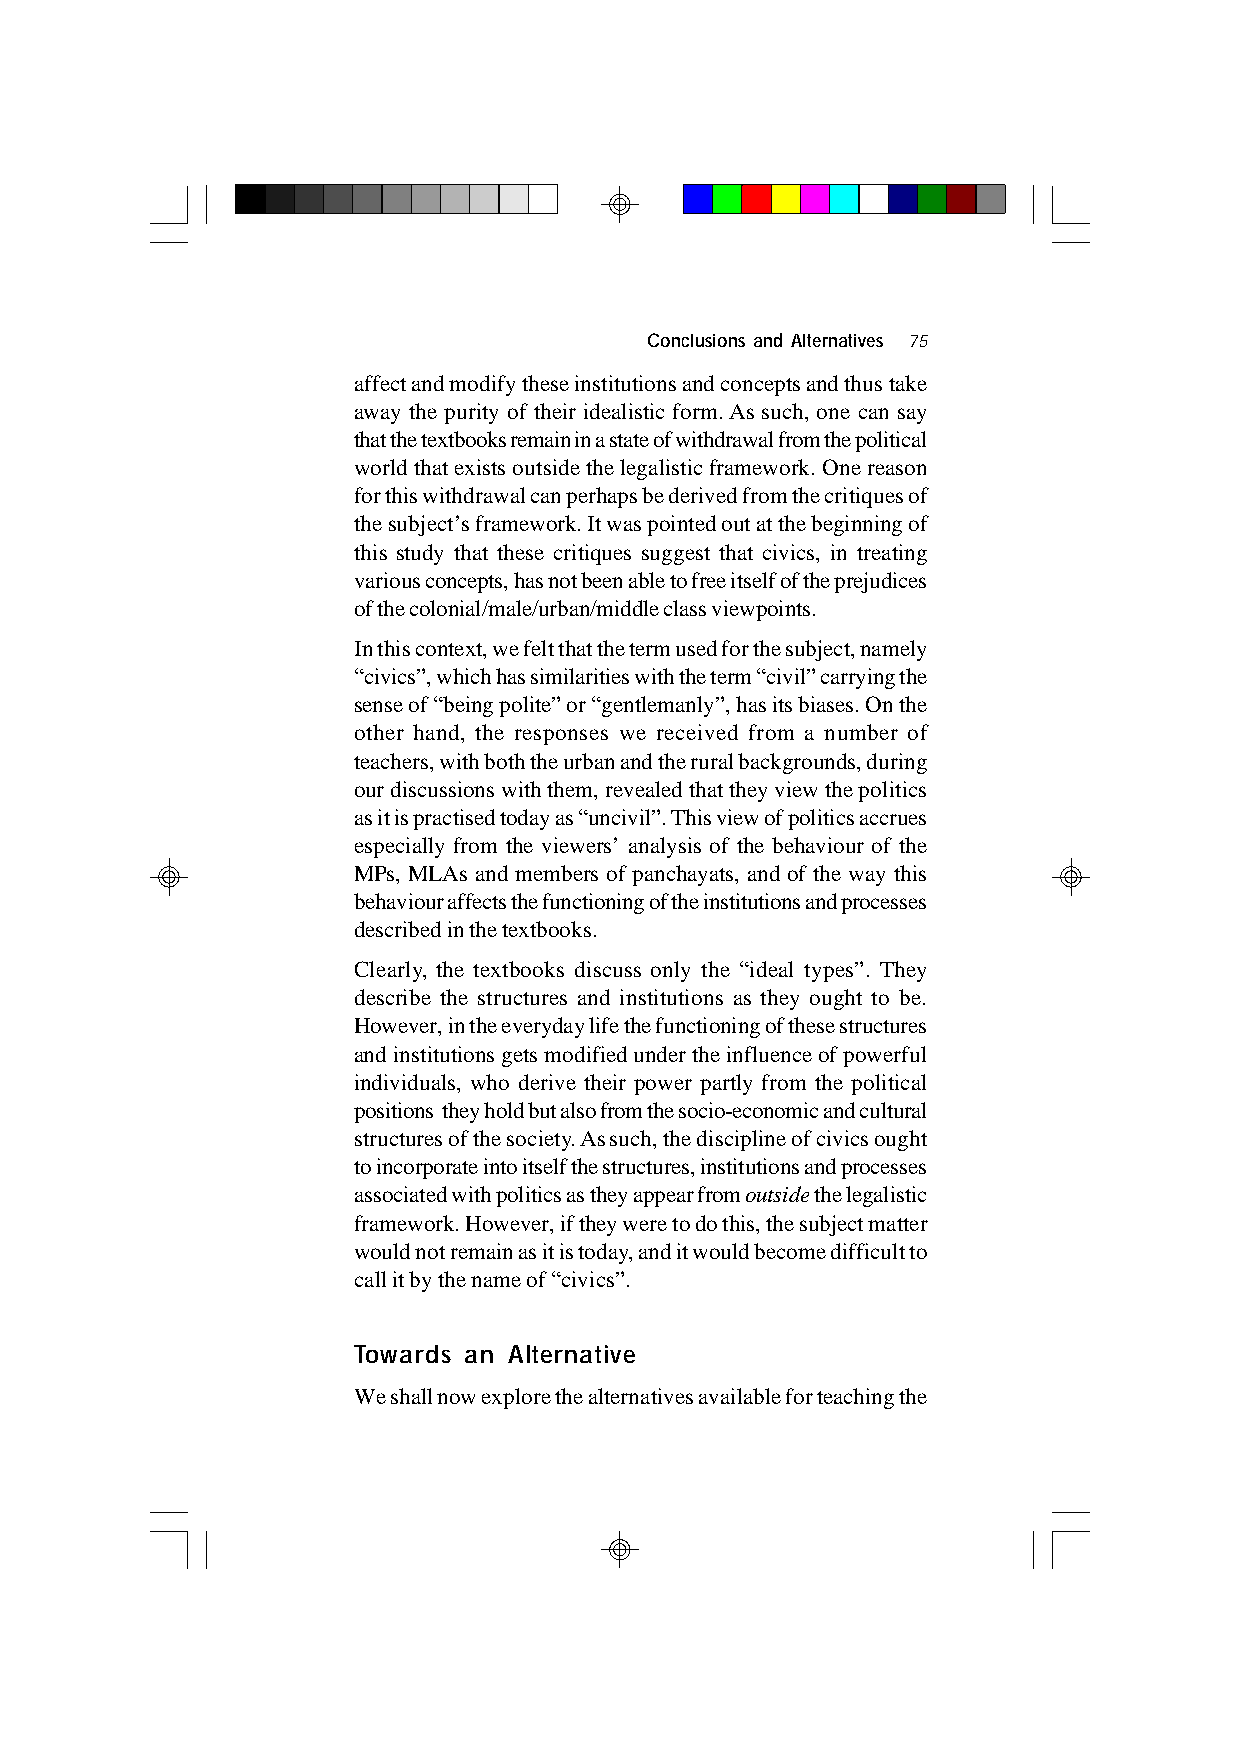
Conclusions and Alternatives 75
 affect and modify these institutions and concepts and thus take
 away the purity of their idealistic form. As such, one can say
 that the textbooks remain in a state of withdrawal from the political
 world that exists outside the legalistic framework. One reason
 for this withdrawal can perhaps be derived from the critiques of
 the subject’s framework. It was pointed out at the beginning of
 this study that these critiques suggest that civics, in treating
 various concepts, has not been able to free itself of the prejudices
 of the colonial/male/urban/middle class viewpoints.
 In this context, we felt that the term used for the subject, namely
 “civics”, which has similarities with the term “civil” carrying the
 sense of “being polite” or “gentlemanly”, has its biases. On the
 other hand, the responses we received from a number of
 teachers, with both the urban and the rural backgrounds, during
 our discussions with them, revealed that they view the politics
 as it is practised today as “uncivil”. This view of politics accrues
 especially from the viewers’ analysis of the behaviour of the
 MPs, MLAs and members of panchayats, and of the way this
 behaviour affects the functioning of the institutions and processes
 described in the textbooks.
 Clearly, the textbooks discuss only the “ideal types”. They
 describe the structures and institutions as they ought to be.
 However, in the everyday life the functioning of these structures
 and institutions gets modified under the influence of powerful
 individuals, who derive their power partly from the political
 positions they hold but also from the socio-economic and cultural
 structures of the society. As such, the discipline of civics ought
 to incorporate into itself the structures, institutions and processes
 associated with politics as they appear from outside the legalistic
 framework. However, if they were to do this, the subject matter
 would not remain as it is today, and it would become difficult to
 call it by the name of “civics”.
 Towards an Alternative
 We shall now explore the alternatives available for teaching the